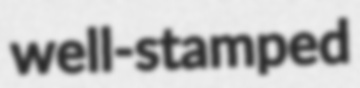
well-stamped